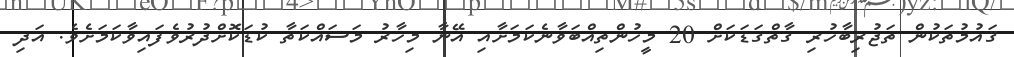
ޤައުމުތަކުން ތަޖުރިބާހުރި ގާތްގަޑަކަށް 20 މީހުންތިއްބަވާނެކަމަށާއި އޭނާ މިހާރު މަސައްކަތާ ކުޑަކޮށްދުރުވެފައިވާކަމަށެވެ. އަދި